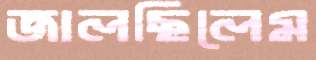
জালছিলেম